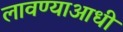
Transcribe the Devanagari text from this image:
लावण्‍याआधी